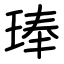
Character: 琫